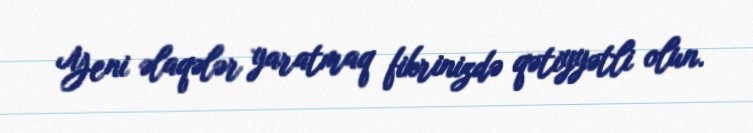
Yeni əlaqələr yaratmaq fikrinizdə qətiyyətli olun.